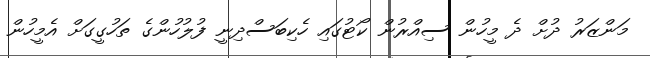
މަންޒަރު ދުށް ދެ މީހުން ސިއްރުން ކޯޓުގައި ހެކިބަސްދިނީ ފުލުހުންގެ ތަހުގީގަށް އެމީހުން